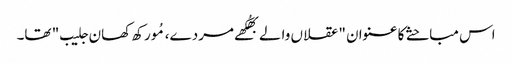
اس مباحثے کا عنوان "عقلاں والے بھُکھے مردے، مُورکھ کھان جلیب" تھا۔